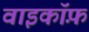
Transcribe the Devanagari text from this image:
वाइकॉफ़